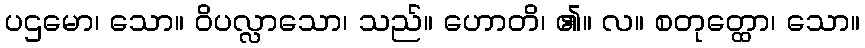
ပဌမော၊ သော။ ဝိပလ္လာသော၊ သည်။ ဟောတိ၊ ၏။ လ။ စတုတ္ထော၊ သော။